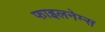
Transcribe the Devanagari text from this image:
फाइलनेम्स